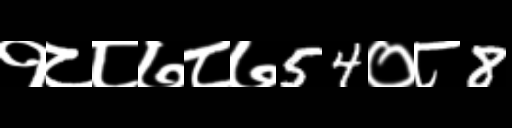
Text: १८८७८७54०८8